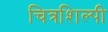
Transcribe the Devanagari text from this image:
चित्रशिल्पी